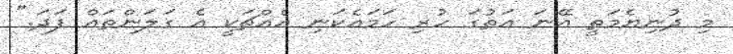
މި ދުނިޔެމަތީ އޭނަ އަތުގަ ހުރި ހަމައެކަނި އެއްޗަކީ އެ ގަލަންތައް ފަދަ."